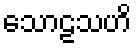
သောဠသဟိ